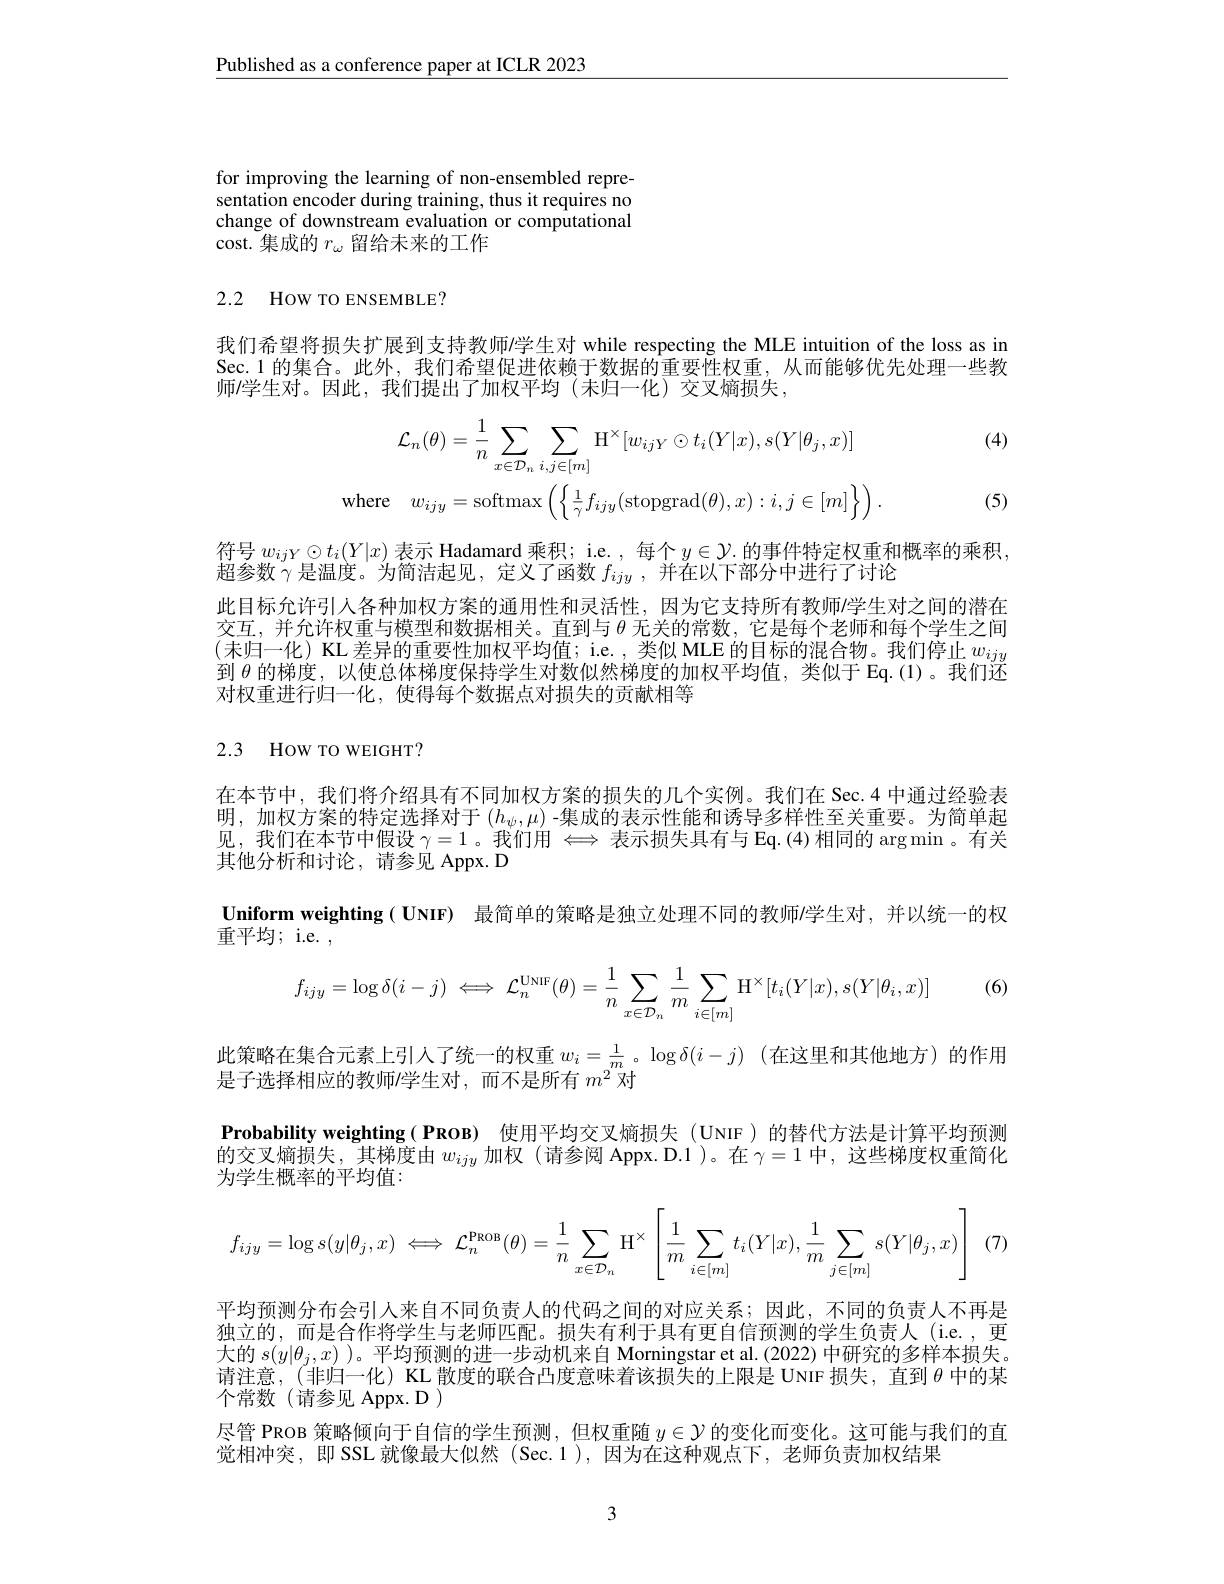
$\underline{\text{Published as a conference paper at ICLR 2023}}$

for improving the learning of non-ensembled representation encoder during training, thus it requires no change of downstream evaluation or computational cost.集成的$r_\omega$留给未来的工作

## 2.2 How TO ENSEMBLE?

我们希望将损失扩展到支持教师/学生对 while respecting the MLE intuition of the loss as in Sec.1 的集合。此外，我们希望促进依赖于数据的重要性权重，从而能够优先处理一些教师/学生对。因此，我们提出了加权平均(未归一化)交叉熵损失，

(4)
$$\mathcal{L}_{n}(\theta)=\frac{1}{n}\sum_{x\in\mathcal{D}_{n}}\sum_{i,j\in[m]}\mathrm{H}^{\times}[w_{ijY}\odot t_{i}(Y|x),s(Y|\theta_{j},x)]\\\mathrm{where}\quad w_{ijy}=\mathrm{softmax}\left(\left\{\frac{1}{\gamma}f_{ijy}(\mathrm{stopgrad}(\theta),x):i,j\in[m]\right\}\right).$$
(5)

$\frac{1}{2}+\frac{1}{2}+\frac{1}{2}+\frac{1$

符号$w_{ijY}\odot t_i(Y|x)$表示 Hadamard 乘积；i.e., 每个$y\in\mathcal{Y}.$的事件特定权重和概率的乘积，
超参数$\gamma$是温度。为简洁起见，定义了函数$f_ijy$ ,并在以下部分中进行了讨论
此目标允许引人各种加权方案的通用性和灵活性，因为它支持所有教师$\prime$学生对之间的潜在交互，并允许权重与模型和数据相关。直到与$\theta$ 无关的常数，它是每个老师和每个学生之间(未归一化) KL 差异的重要性加权平均值；i.e. , 类似 MLE 的目标的混合物。我们停止 $w_ij$ 到$\theta$的梯度，以使总体梯度保持学生对数似然梯度的加权平均值，类似于 Eq.(1)。我们还对权重进行归一化，使得每个数据点对损失的贡献相等

# 2.3 How TO WEIGHT?

在本节中，我们将介绍具有不同加权方案的损失的几个实例。我们在 Sec.4 中通过经验表明，加权方案的特定选择对于$(h_\psi,\mu)$ -集成的表示性能和诱导多样性至关重要。为简单起见，我们在本节中假设$\gamma=1$。我们用$\Longleftrightarrow$表示损失具有与 Eq.(4)相同的$\arg\min$。有关其他分析和讨论，请参见 Appx. D
Uniform weighting ( UNIF) 最简单的策略是独立处理不同的教师/学生对，并以统一的权
重平均；i.e. $^{\mathrm{o}}$

(6)
$$f_{ijy}=\log\delta(i-j)\iff\mathcal{L}_{n}^{\mathrm{UNIF}}(\theta)=\frac{1}{n}\sum_{x\in\mathcal{D}_{n}}\frac{1}{m}\sum_{i\in[m]}\mathrm{H}^{\times}[t_{i}(Y|x),s(Y|\theta_{i},x)]$$
此策略在集合元素上引人了统一的权重$w_i=\frac1m$。$\log\delta(i-j)$ (在这里和其他地方)的作用
是子选择相应的教师/学生对，而不是所有$m^2$对
Probability weighting( PROB) 的交叉熵损失，其梯度由$w_ijy$加权 (请参阅 Appx.D.1)。在$\gamma=1$中，这些梯度权重简化为学生概率的平均值：
$$f_{ijy}=\log s(y|\theta_j,x)\iff\mathcal{L}_n^{\text{PROB}}(\theta)=\frac{1}{n}\sum_{x\in\mathcal{D}_n}\text{H}^\times\left[\frac{1}{m}\sum_{i\in[m]}t_i(Y|x),\frac{1}{m}\sum_{j\in[m]}s(Y|\theta_j,x)\right]$$
(7)

平均预测分布会引人来自不同负责人的代码之间的对应关系；因此，不同的负责人不再是独立的，而是合作将学生与老师匹配。损失有利于具有更自信预测的学生负责人(i.e.,更大的$s(y|\theta_j,x)$ )。平均预测的进一步动机请注意，(非归一化) KL 散度的联合凸度意味着该损失的上限是 UNIF 损失，直到$\theta$中的某个常数(请参见 Appx. D )
尽管 PROB 策略倾向于自信的学生预测，但权重随$y\in\mathcal{Y}$的变化而变化。这可能与我们的直
觉相冲突，即 SSL 就像最大似然 (Sec.1),因为在这种观点下，老师负责加权结果

3